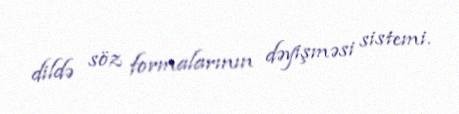
dildə söz formalarının dəyişməsi sistemi.